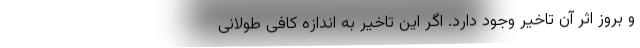
و بروز اثر آن تاخیر وجود دارد. اگر این تاخیر به اندازه کافی طولانی